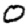
Digit: 0